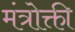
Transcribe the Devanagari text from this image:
मंत्रोक्ती